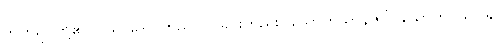
ဘူတရုပ်တို့၏။ ပသာဒေါ၊ ကြည်လင်ခြင်းတည်း။ သောတဃာနဇိဝှါ၊ သောတပသာဒ,